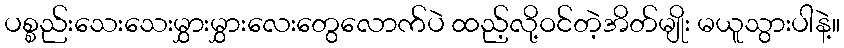
ပစ္စည်းသေးသေးမွှားမွှားလေးတွေလောက်ပဲ ထည့်လို့ဝင်တဲ့အိတ်မျိုး မယူသွားပါနဲ့။